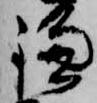
鎌